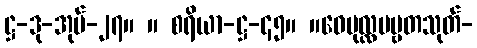
ဋ္ဌ-ဒု-အုပ်-၂၇။ ။ စရိယာ-ဋ္ဌ-၄၅။ ။ဝေပုလ္လပဗ္ဗတသုတ်-